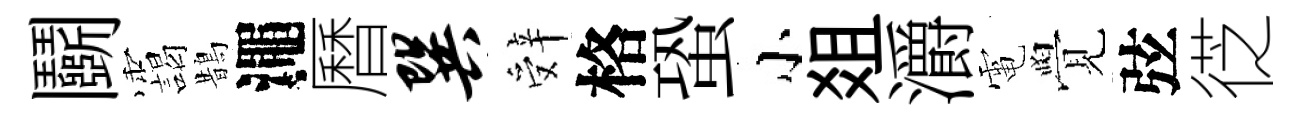
鬬靄鵲澠曆巽辤格蛩小爼灂電覺弦徔